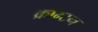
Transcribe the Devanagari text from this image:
क्रॉम्टन